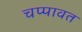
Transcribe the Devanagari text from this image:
चप्पावत